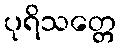
ပုရိသတ္တေ